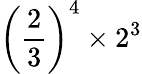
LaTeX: \left({\frac{2}{3}}\right)^{4}\times 2^{3}